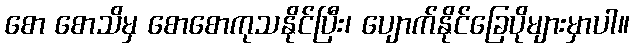
စော စောသိမှ စောစောကုသနိုင်ပြီး၊ ပျောက်နိုင်ခြေပိုများမှာပါ။